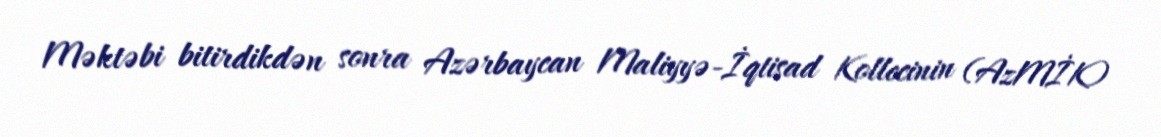
Məktəbi bitirdikdən sonra Azərbaycan Maliyyə-İqtisad Kollecinin (AzMİK)